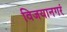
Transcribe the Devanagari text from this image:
विजयानगरं